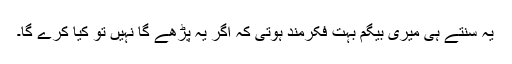
یہ سنتے ہی میری بیگم بہت فکرمند ہوتی کہ اگر یہ پڑھے گا نہیں تو کیا کرے گا۔